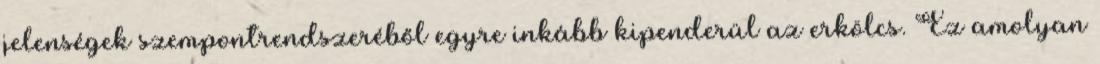
jelenségek szempontrendszeréből egyre inkább kipenderül az erkölcs. Ez amolyan